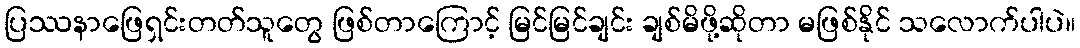
ပြဿနာဖြေရှင်းတတ်သူတွေ ဖြစ်တာကြောင့် မြင်မြင်ချင်း ချစ်မိဖို့ဆိုတာ မဖြစ်နိုင် သလောက်ပါပဲ။